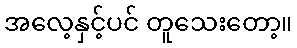
အလေ့နှင့်ပင် တူသေးတော့။